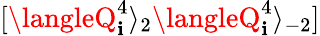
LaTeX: [\langleQ_{\mathbf{i}}^{4}\rangle_{2}\langleQ_{\mathbf{i}}^{4}\rangle_{-2}]